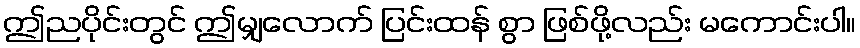
ဤညပိုင်းတွင် ဤမျှလောက် ပြင်းထန် စွာ ဖြစ်ဖို့လည်း မကောင်းပါ။